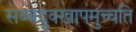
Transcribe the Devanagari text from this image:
सब्बदुक्खापमुच्चति